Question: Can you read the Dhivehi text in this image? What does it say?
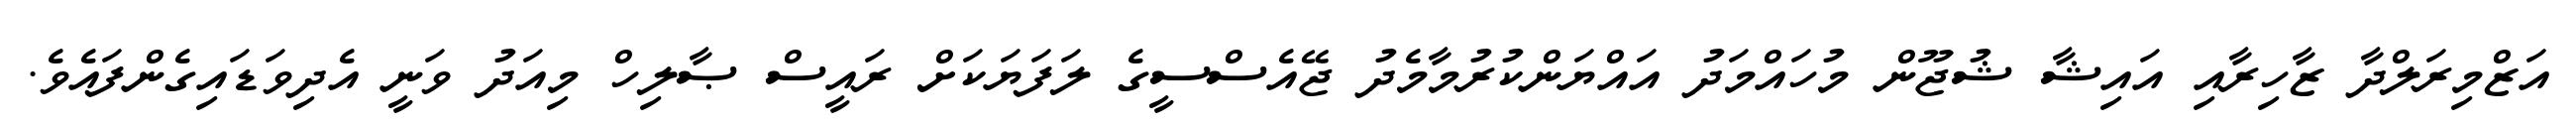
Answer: އަޒްމިރަލްދާ ޒާހިރާއި އައިޝާ ޝުޖޫން މުހައްމަދު އައްޔަންކުރުމާމެދު ޖޭއެސްސީގެ ލަފަޔަކަށް ރައީސް ޞާލިހް މިއަދު ވަނީ އެދިވަޑައިގެންފައެވެ.